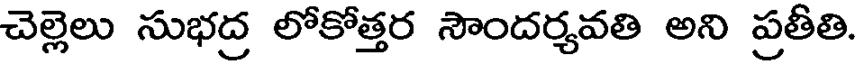
చెల్లెలు సుభద్ర లోకోత్తర సౌందర్యవతి అని ప్రతీతి.